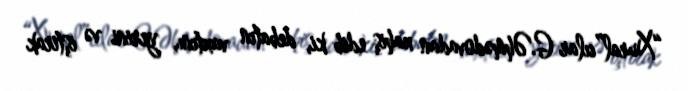
“Xural”cılar G.Əhmədovadan xahiş edib ki, debatın vaxtını, yerini və iştirak